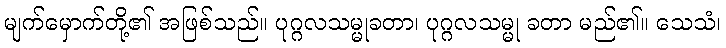
မျက်မှောက်တို့၏ အဖြစ်သည်။ ပုဂ္ဂလသမ္မုခတာ၊ ပုဂ္ဂလသမ္မု ခတာ မည်၏။ သေသံ၊